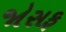
જોસફ